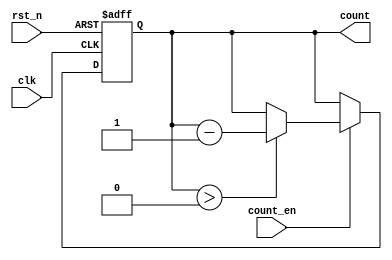
module binary_down_counter #(
    parameter MAX_COUNT = 15 // Maximum count value (0 to MAX_COUNT)
)(
    input wire clk,           // Clock input
    input wire rst_n,        // Asynchronous reset (active low)
    input wire count_en,     // Count enable
    output reg [$clog2(MAX_COUNT+1)-1:0] count // Counter output
);

// Asynchronous reset logic
always @(posedge clk or negedge rst_n) begin
    if (!rst_n) begin
        count <= MAX_COUNT; // Reset to maximum count value
    end else if (count_en) begin
        if (count > 0) begin
            count <= count - 1; // Decrement the count
        end
    end
end

endmodule